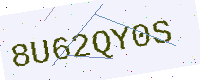
Text: 8U62QY0S